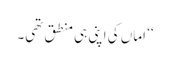
‘‘ اماں کی اپنی ہی منطق تھی۔